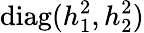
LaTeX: \mathrm{diag}(h_{1}^{2},h_{2}^{2})